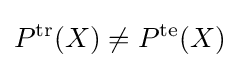
P^{\text{tr}}(X)\neq P^{\text{te}}(X)